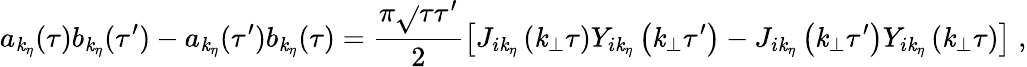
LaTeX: a_{\mathit{k}_{\eta}}(\tau)b_{\mathit{k}_{\eta}}(\tau^{\prime})-a_{\mathit{k}_{\eta}}(\tau^{\prime})b_{\mathit{k}_{\eta}}(\tau)=\frac{{\pi\sqrt{}{{\tau\tau^{\prime}}}}}{{2}}\left[J_{i\mathit{k}_{\eta}}\left(\mathit{k}_{\bot}\tau\right)Y_{i\mathit{k}_{\eta}}\left(\mathit{k}_{\bot}\tau^{\prime}\right)-J_{i\mathit{k}_{\eta}}\left(\mathit{k}_{\bot}\tau^{\prime}\right)Y_{i\mathit{k}_{\eta}}\left(\mathit{k}_{\bot}\tau\right)\right]\; ,